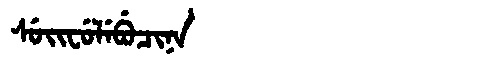
Manchu: ᠰᡠᡳᠸᡠᠯᡝᠪᡠᠴᡳᠨᠠ
Romanization: SUIFULEBUCINA